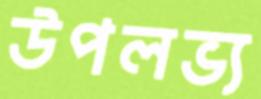
উপলভ্য